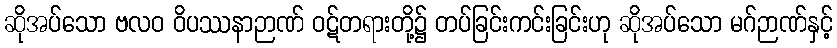
ဆိုအပ်သော ဗလဝ ဝိပဿနာဉာဏ် ဝဋ်တရားတို့၌ တပ်ခြင်းကင်းခြင်းဟု ဆိုအပ်သော မဂ်ဉာဏ်နှင့်